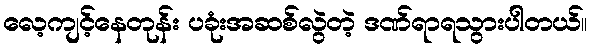
လေ့ကျင့်နေတုန်း ပခုံးအဆစ်လွဲတဲ့ ဒဏ်ရာရသွားပါတယ်။